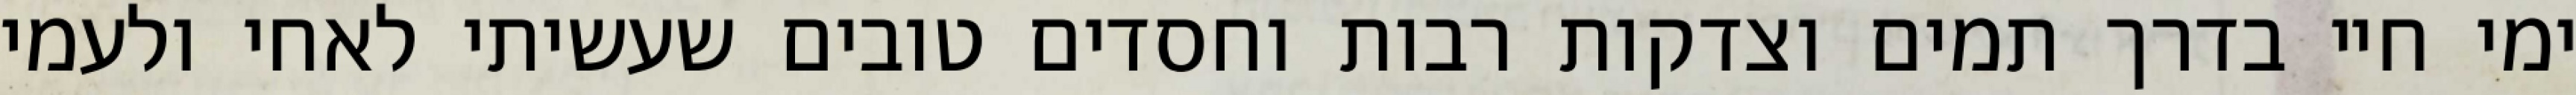
ימי חיי בדרך תמים וצדקות רבות וחסדים טובים שעשיתי לאחי ולעמי